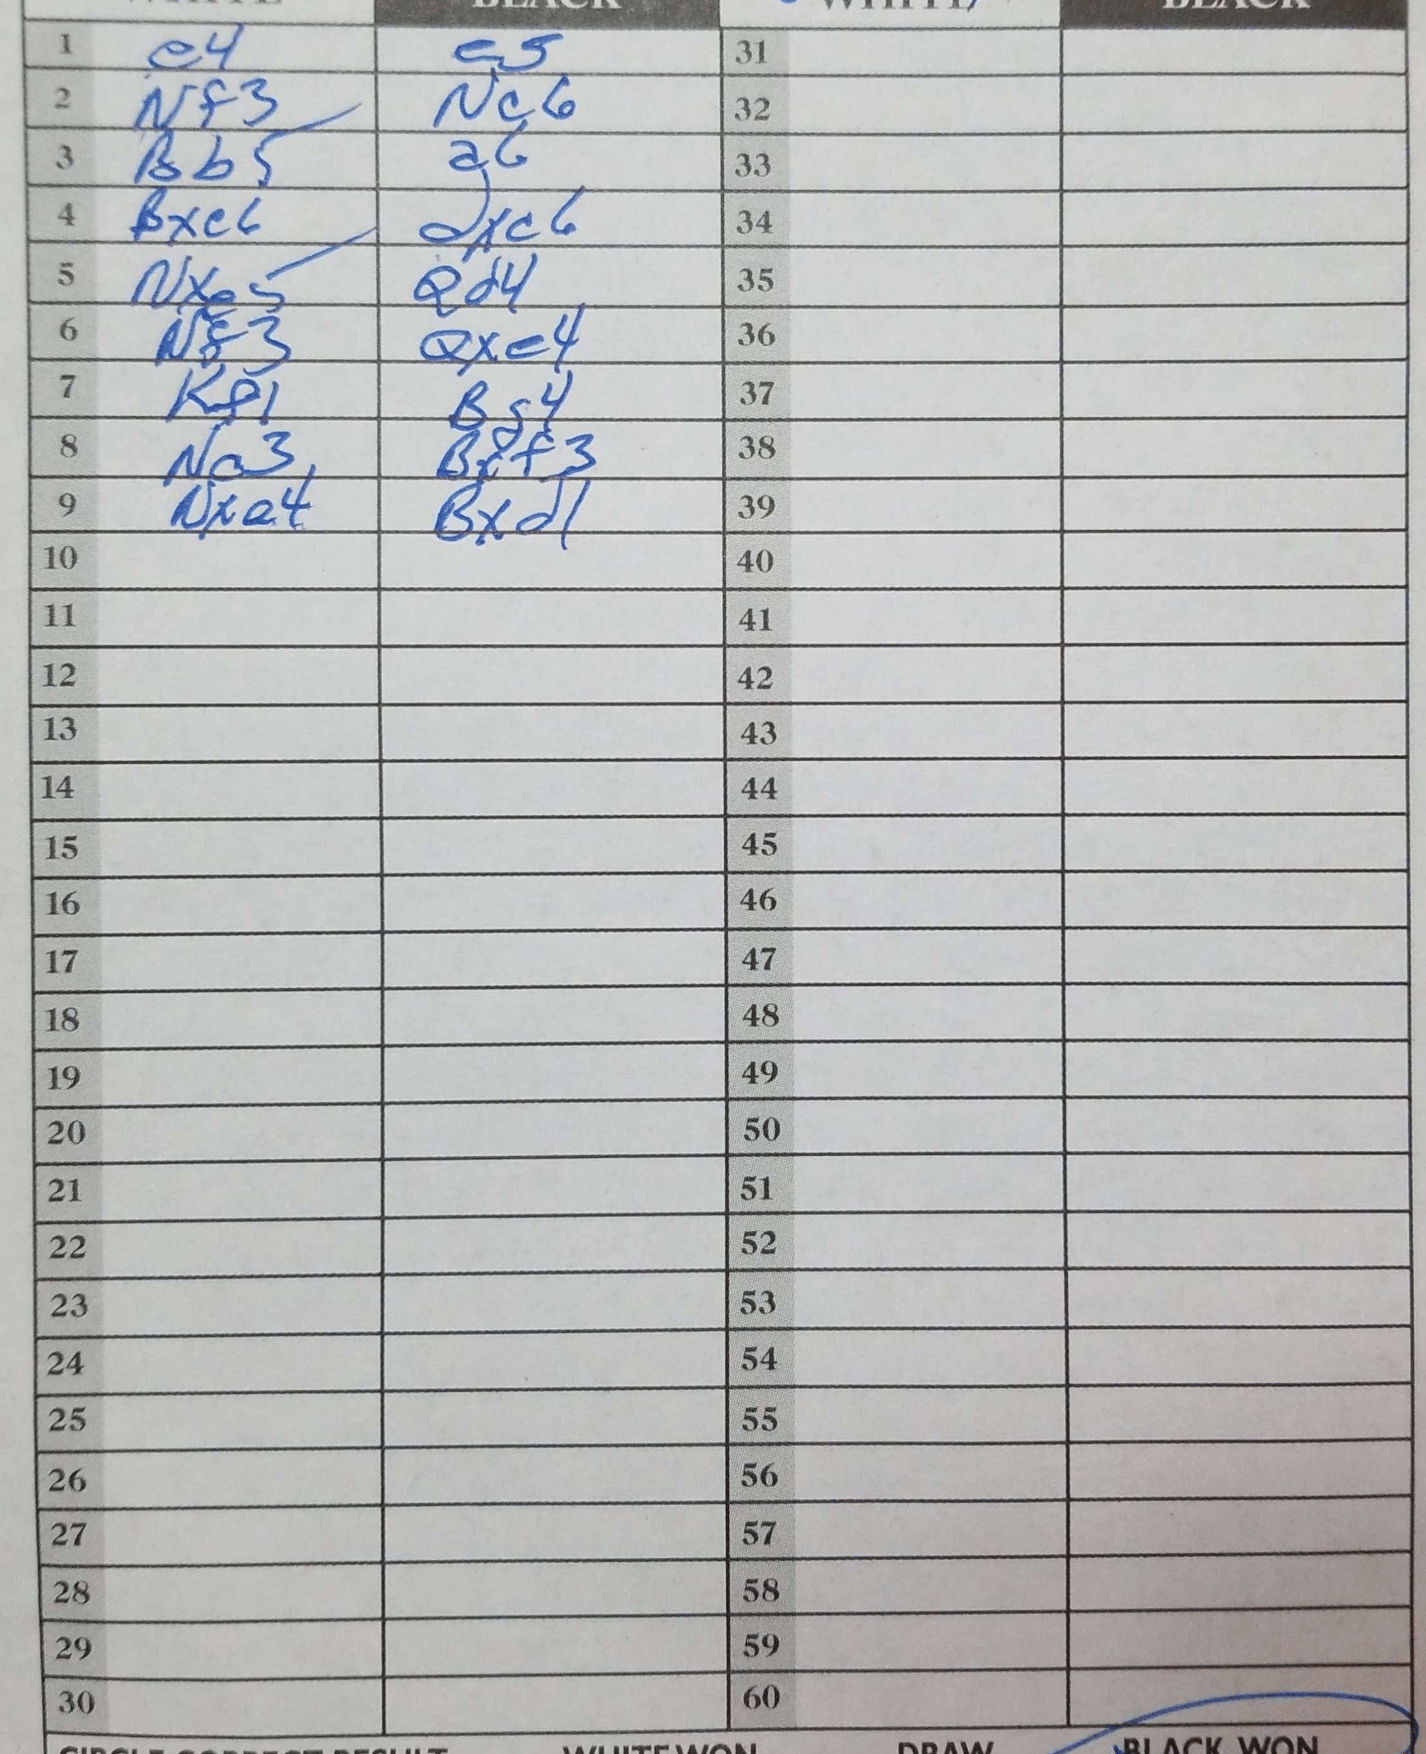
Moves: e4 e5 Nf3 Nc6 Bb5 a6 Bxe6 dxc6 Nxe5 Qd4 Nf3 Qxe4 Kf1 Bg4 Nc3 Bxf3 Nxe4 Bxd1